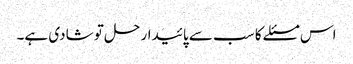
اس مسئلے کا سب سے پائیدار حل تو شادی ہے۔